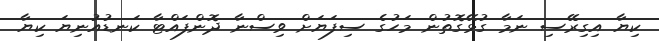
ކިޔާ އިގިރޭސި ނަމާ ގުޅޭގޮތުން މަހުގެ ސިފަޔަށް ވިސްނާ ދޮންފައްޓާ ކަނޑުއުނިޔަ ކިޔާ